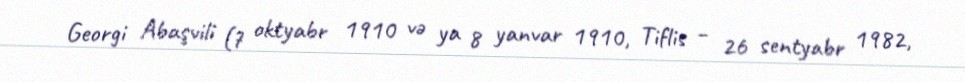
Georgi Abaşvili (7 oktyabr 1910 və ya 8 yanvar 1910, Tiflis – 26 sentyabr 1982,